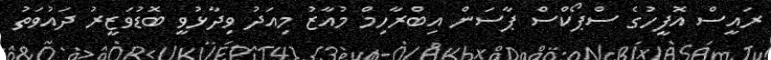
ރައީސް އޮފީހުގެ ސްޕޯކްސް ޕާސަން އިބްރާހިމް މުއާޒު މިއަދު ވިދާޅުވީ ބޮޑުވަޒީރު ދައުވަތު